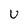
Character: U